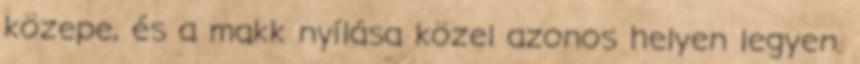
közepe, és a makk nyílása közel azonos helyen legyen.